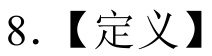
8.【定义】